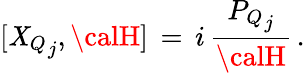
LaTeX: [{\mathit{X}_{Q}}_{j},{\calH}]\, =\, i\, \frac{{{P_{Q}}_{j}}}{{\calH}}\, .